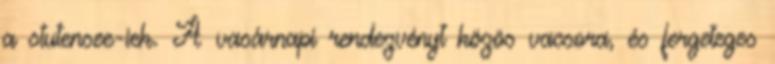
a stutensee-iek. A vasárnapi rendezvényt közös vacsora, és fergeteges